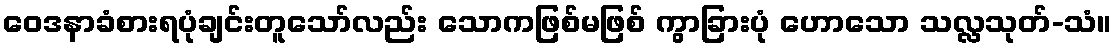
ဝေဒနာခံစားရပုံချင်းတူသော်လည်း သောကဖြစ်မဖြစ် ကွာခြားပုံ ဟောသော သလ္လသုတ်-သံ။